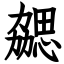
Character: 勰